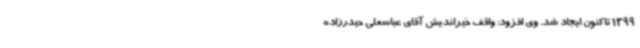
1399 تاکنون ایجاد شد. وی افزود: واقف خیراندیش آقای عباسعلی حیدرزاده